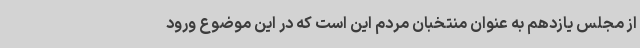
از مجلس یازدهم به عنوان منتخبان مردم این است که در این موضوع ورود